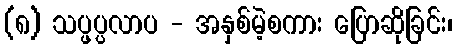
(၈) သပ္ဖပ္ပလာပ - အနှစ်မဲ့စကား ပြောဆိုခြင်း၊